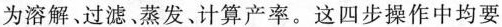
为溶解、过滤、蒸发、计算产率。这四步操作中均要